Report of an investigation into the causes of malaria in Bombay and the measures necessary for its control
Disease focus: Malaria
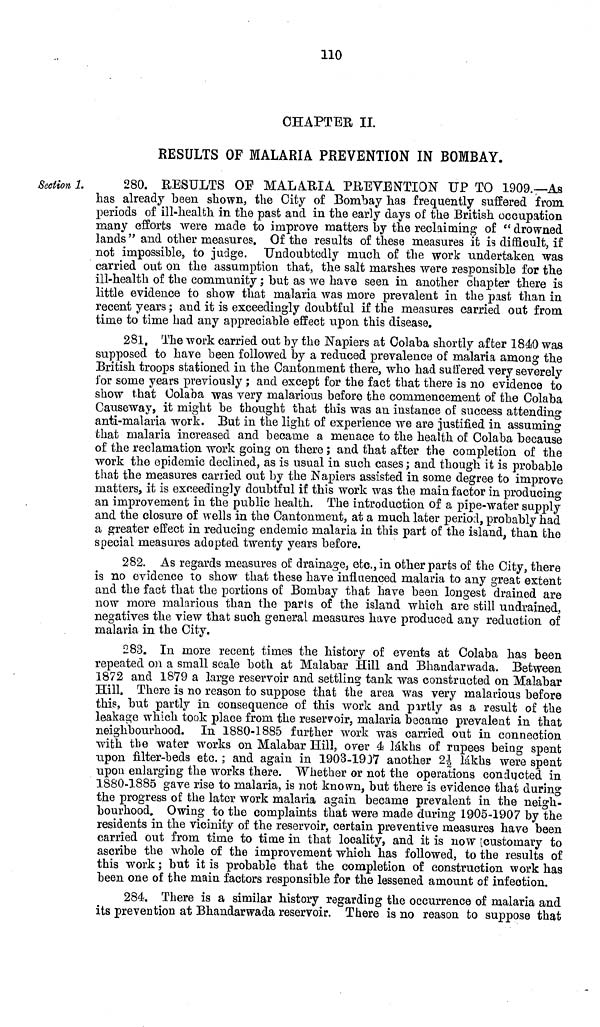
110
CHAPTER II.
RESULTS OF MALARIA PREVENTION IN BOMBAY.
Section 1.
280. RESULTS OF MALARIA PREVENTION UP TO 1909.—As
has already been shown, the City of Bombay has frequently suffered from
periods of ill-health in the past and in the early days of the British occupation
many efforts were made to improve matters by the reclaiming of "drowned
lands" and other measures. Of the results of these measures it is difficult, if
not impossible, to judge. Undoubtedly much of the work undertaken was
carried out on the assumption that, the salt marshes were responsible for the
ill-health of the community; but as we have seen in another chapter there is
little evidence to show that malaria was more prevalent in the past than in
recent years; and it is exceedingly doubtful if the measures carried out from
time to time had any appreciable effect upon this disease.
281. The work carried out by the Napiers at Colaba shortly after 1840 was
supposed to have been followed by a reduced prevalence of malaria among the
British troops stationed in the Cantonment there, who had suffered very severely
for some years previously; and except for the fact that there is no evidence to
show that Colaba was very malarious before the commencement of the Colaba
Causeway, it might be thought that this was an instance of success attending
anti-malaria work. But in the light of experience we are justified in assuming
that malaria increased and became a menace to the health of Colaba because
of the reclamation work going on there ; and that after the completion of the
work the epidemic declined, as is usual in such cases; and though it is probable
that the measures carried out by the Napiers assisted in some degree to improve
matters, it is exceedingly doubtful if this work was the main factor in producing
an improvement in the public health. The introduction of a pipe-water supply
and the closure of wells in the Cantonment, at a much later period, probably had
a greater effect in reducing endemic malaria in this part of the island, than the
special measures adopted twenty years before.
282. As regards measures of drainage, etc., in other parts of the City, there
is no evidence to show that these have influenced malaria to any great extent
and the fact that the portions of Bombay that have been longest drained are
now more malarious than the parts of the island which are still undrained,
negatives the view that such general measures have produced any reduction of
malaria in the City.
283. In more recent times the history of events at Colaba has been
repeated on a small scale both at Malabar Hill and Bhandarwada. Between
1872 and 1879 a large reservoir and settling tank was constructed on Malabar
Hill. There is no reason to suppose that the area was very malarious before
this, but partly in consequence of this work and partly as a result of the
leakage which took place from the reservoir, malaria became prevalent in that
neighbourhood. In 1880-1885 further work was carried out in connection
with the water works on Malabar Hill, over 4 lakhs of rupees being spent
upon filter-beds etc. ; and again in 1903-1937 another 2½ lakhs were spent
upon enlarging the works there. "Whether or not the operations conducted in
1880-1885 gave rise to malaria, is not known, but there is evidence that during
the progress of the later work malaria again became prevalent in the neigh-
bourhood. Owing to the complaints that were made during 1905-1907 by the
residents in the vicinity of the reservoir, certain preventive measures have been
carried out from time to time in that locality, and it is now [customary to
ascribe the whole of the improvement which has followed, to the results of
this work; but it is probable that the completion of construction work has
been one of the main factors responsible for the lessened amount of infection.
284. There is a similar history regarding the occurrence of malaria and
its prevention at Bhandarwada reservoir. There is no reason to suppose that